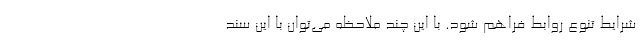
شرایط تنوع روابط فراهم شود. با این چند ملاحظه می‌توان با این سند